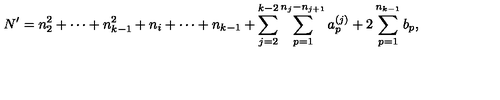
N ^ { \prime } = n _ { 2 } ^ { 2 } + \cdots + n _ { k - 1 } ^ { 2 } + n _ { i } + \cdots + n _ { k - 1 } + \sum _ { j = 2 } ^ { k - 2 } \sum _ { p = 1 } ^ { n _ { j } - n _ { j + 1 } } a _ { p } ^ { ( j ) } + 2 \sum _ { p = 1 } ^ { n _ { k - 1 } } b _ { p } ,